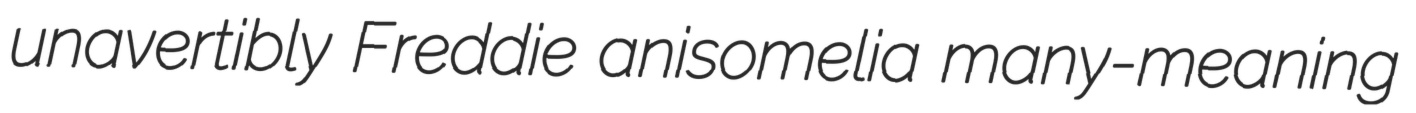
unavertibly Freddie anisomelia many-meaning